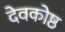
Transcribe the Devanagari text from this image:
देवकोष्ठ